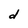
Character: d